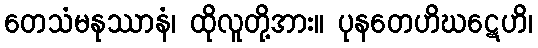
တေသံမနုဿာနံ၊ ထိုလူတို့အား။ ပုနတေဟိဃဋေဟိ၊